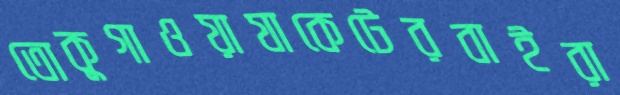
তোকুগাওয়াযাকেটেরবাইরা